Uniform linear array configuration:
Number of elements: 32
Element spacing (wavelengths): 0.75
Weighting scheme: blackman
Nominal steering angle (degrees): -60
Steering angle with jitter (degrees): -61.454
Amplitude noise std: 0.05
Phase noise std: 0.05

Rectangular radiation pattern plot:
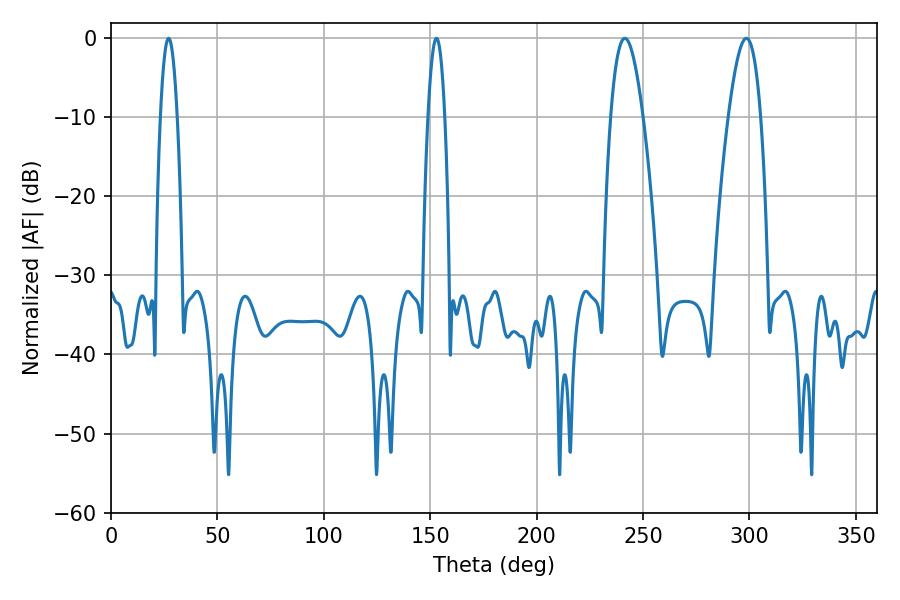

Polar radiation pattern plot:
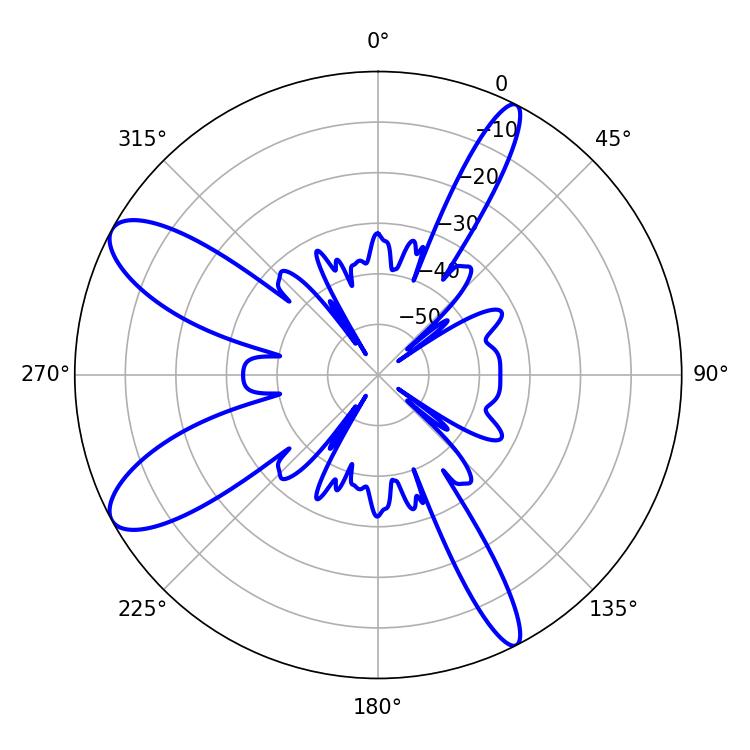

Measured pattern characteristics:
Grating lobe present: TRUE
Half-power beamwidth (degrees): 8.28
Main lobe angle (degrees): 241.38